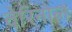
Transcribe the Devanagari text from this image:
वेरिनोल